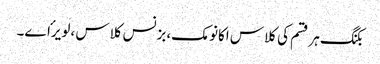
بکنگ ہر قسم کی کلاس اکانومک،بزنس کلاس ،لویرٴاے۔